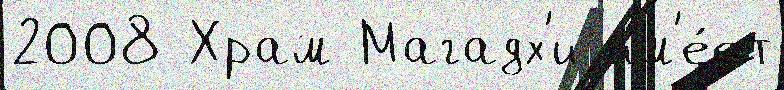
2008 Храм Магадх'и им'е́ет